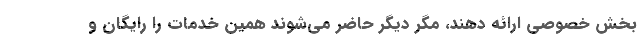
بخش خصوصی ارائه دهند، مگر دیگر حاضر می‌شوند همین خدمات را رایگان و